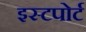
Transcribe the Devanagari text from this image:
इस्टपोर्ट